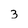
Character: 3